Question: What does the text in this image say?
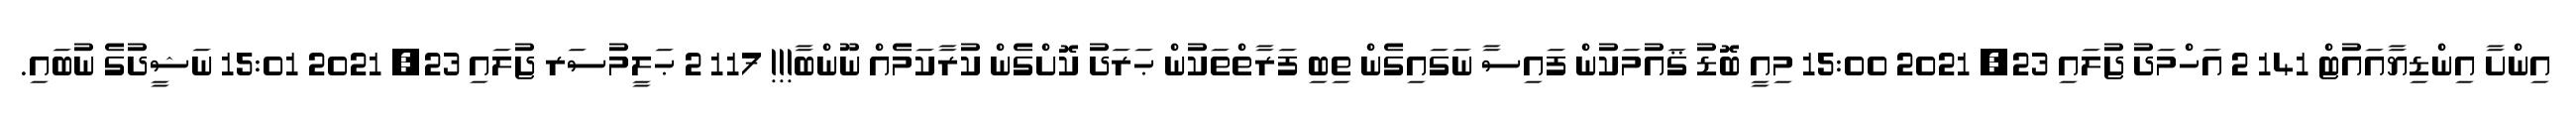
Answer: އިންށާ އިންޑިޔާއައުޓް 141 2 އަހްމަދު ޖުލައި 23, 2021 15:00 މިއީ ބޮޑު ޤައުމަކުން ފައިސާ ނަގައިގެން ތިބި ފަރާތްތަކުން ޙަރަދު ކޮށްގެން ކުރާކަމެއް ނޫންބާ!!! 117 2 ޙަލީމުސަރ ޖުލައި 23, 2021 15:01 ނަޝީދުގެ ނުބައި.